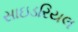
સાઇડરિયલ